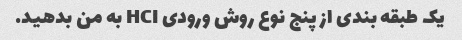
یک طبقه بندی از پنج نوع روش ورودی HCI به من بدهید.